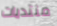
منتديات